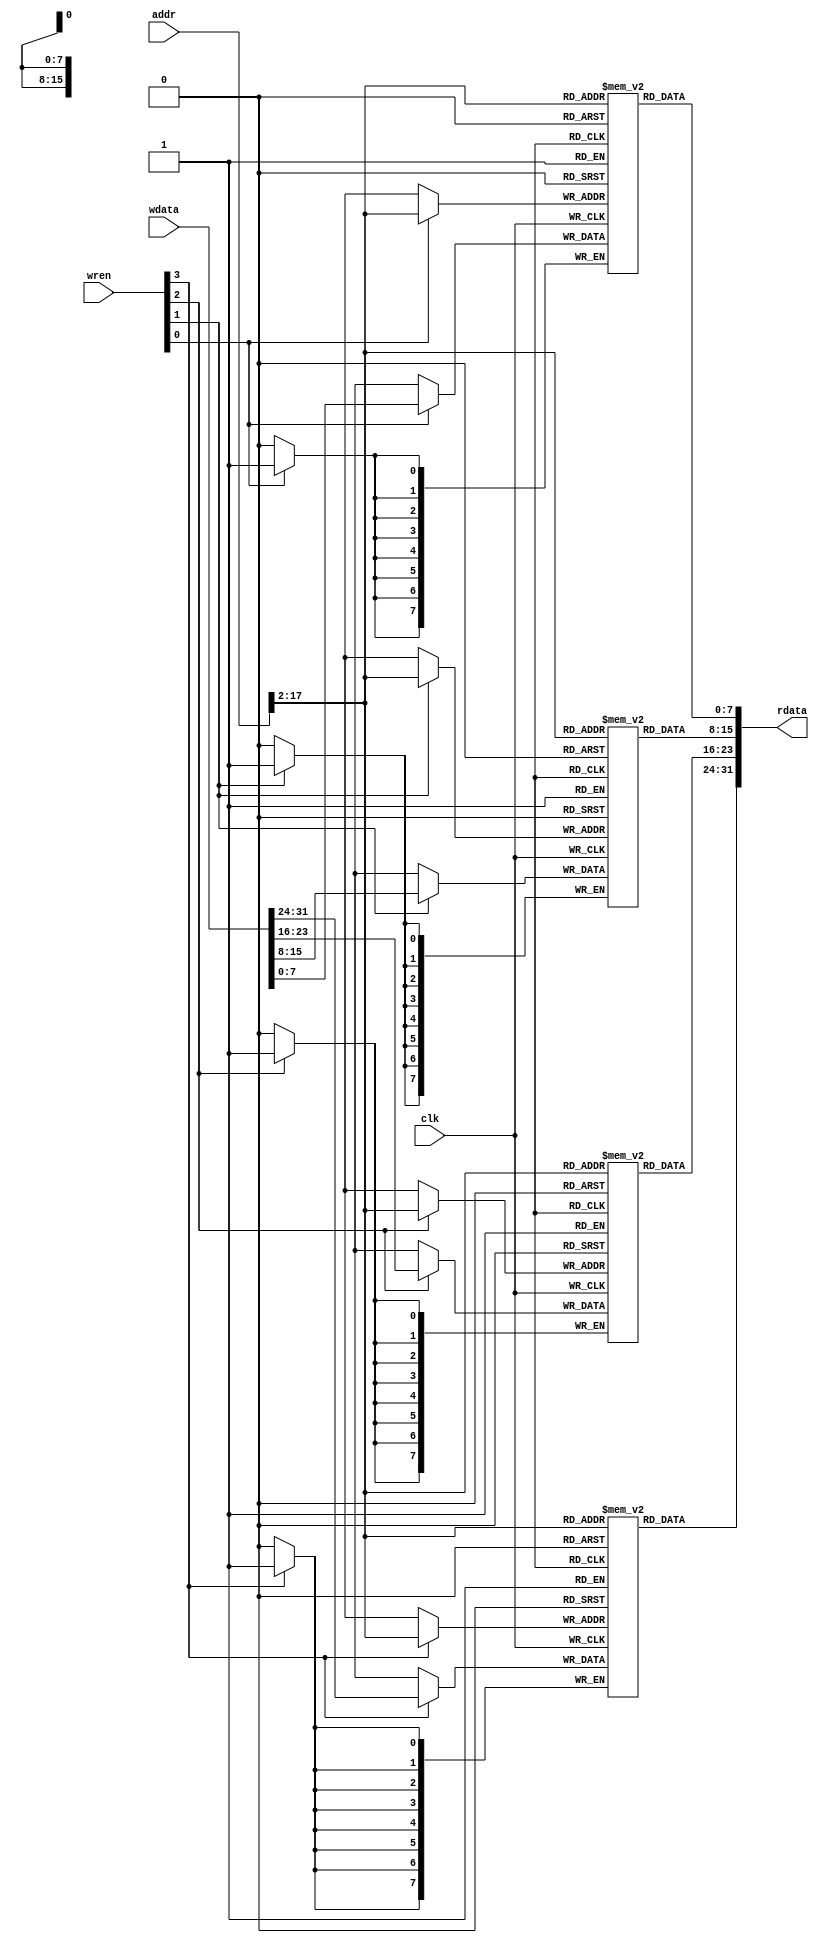
`timescale 1ns / 1ps
///////////////////////////////////////////////////////////////////////////////////////////////////////////////////////
//					
// Module Name:  data_memory.v 
// Description:	Memory that handles read and writes
//
///////////////////////////////////////////////////////////////////////////////////////////////////////////////////////

module data_memory

(
	clk,		//clock
	addr,
	rdata,
	wdata,
	wren
);

    //--------------------------
	// Input Ports
	//--------------------------
	// < Enter Input Ports  >
	input				clk;
    input 		[31:0]	addr;
	input		[31:0]	wdata;
	input 		[3:0]	wren;
	
    //--------------------------
    // Output Ports
    //--------------------------
    // < Enter Output Ports  >	
    output 		[31:0] 	rdata;
		
   
    //-------------------------------------------------
    // Signal Declarations: reg
    //-------------------------------------------------    
    reg	[7:0] memory_lane0	[65535:0];
	reg	[7:0] memory_lane1	[65535:0];
	reg	[7:0] memory_lane2	[65535:0];
	reg	[7:0] memory_lane3	[65535:0];
   
	assign rdata = {
						memory_lane3[addr[17:2]],
						memory_lane2[addr[17:2]],
						memory_lane1[addr[17:2]],
						memory_lane0[addr[17:2]]
					};
						
    always @(posedge clk)
	begin
		if (wren[0])
			memory_lane0[addr[17:2]] <= wdata[7:0];
			
		if (wren[1])
			memory_lane1[addr[17:2]] <= wdata[15:8];
			
		if (wren[2])
			memory_lane2[addr[17:2]] <= wdata[23:16];
			
		if (wren[3])
			memory_lane3[addr[17:2]] <= wdata[31:24];
	end
	
 endmodule